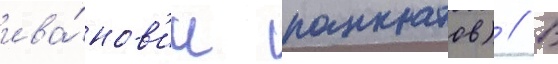
ива́нов'ич панкратов) // В